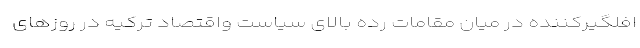
افلگیرکننده در میان مقامات رده بالای سیاست واقتصاد ترکیه در روزهای